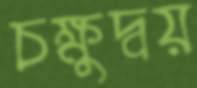
চক্ষুদ্বয়